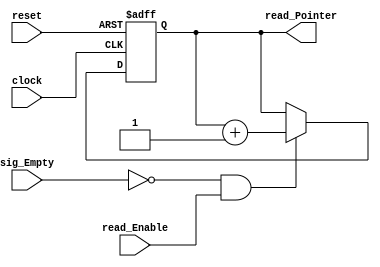
module Read_Interface(
  clock,
  reset,
  read_Enable,
  sig_Empty,
  read_Pointer
  );

  parameter BUFFER_WIDTH = 3;
  input clock;
  input reset;
  input read_Enable;
  input sig_Empty;
  output [BUFFER_WIDTH-1:0] read_Pointer;
  
  reg[BUFFER_WIDTH-1:0] read_Pointer; 
  wire fifo_Read_Enable;

  assign fifo_Read_Enable = (~sig_Empty)& read_Enable;  
  always @(posedge clock or negedge reset) begin  
    if(~reset)
      read_Pointer <= 0;  
    else if(fifo_Read_Enable)  
      read_Pointer <= read_Pointer + 1;  
  end 

endmodule